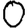
Digit: 0